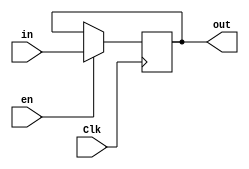
module Register32bitsconEn(Clk, in, en, out);

	input [31:0]in;
	input Clk;
	input en;
	output reg [31:0]out;
	
	initial begin
		out <= 32'b00000000000000000000000000000000;
	end

	always @ (posedge Clk)
		begin
			if (en)
				out <= in;
		end
		
endmodule